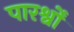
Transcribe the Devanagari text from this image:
पारर्श्वों